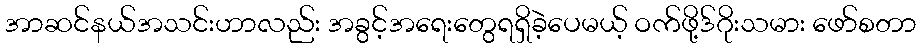
အာဆင်နယ်အသင်းဟာလည်း အခွင့်အရေးတွေရရှိခဲ့ပေမယ့် ဝက်ဖို့ဒ်ဂိုးသမား ဖော်စတာ